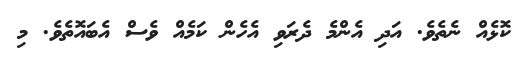
ކޮޅެއް ނެތެވެ. އަދި އެންމެ ދެރަވި އެހެން ކަމެއް ވެސް އެބައޮތެވެ. މި